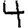
Digit: 4